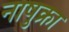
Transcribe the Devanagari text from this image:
नाषुक्रा